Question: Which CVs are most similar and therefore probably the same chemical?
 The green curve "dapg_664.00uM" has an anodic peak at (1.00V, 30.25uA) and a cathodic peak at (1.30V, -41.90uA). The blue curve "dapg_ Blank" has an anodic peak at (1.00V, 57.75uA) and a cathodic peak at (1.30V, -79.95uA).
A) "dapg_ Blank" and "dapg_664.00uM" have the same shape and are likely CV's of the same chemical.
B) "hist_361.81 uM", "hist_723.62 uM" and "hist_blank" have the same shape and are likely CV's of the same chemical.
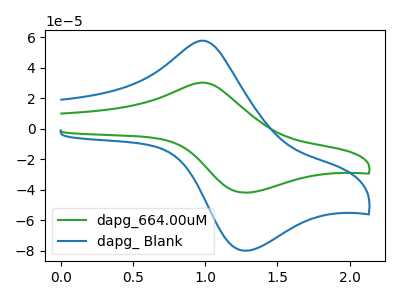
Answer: <think>All the peaks in "dapg_664.00uM" have a peak in "dapg_ Blank" at the same potential. Every peak in "dapg_664.00uM" is lower than every peak in "dapg_ Blank".
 </think>
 <answer>A) "dapg_ Blank" and "dapg_664.00uM" have the same shape and are likely CV's of the same chemical.</answer>
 <eval>A</eval>